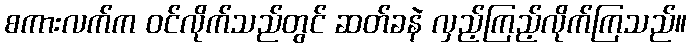
စကားလက်က ဝင်လိုက်သည်တွင် ဆတ်ခနဲ လှည့်ကြည့်လိုက်ကြသည်။